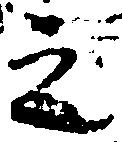
之